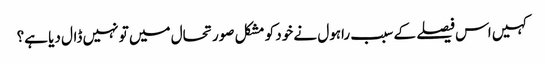
کہیں اس فیصلے کے سبب راہول نے خود کو مشکل صورتحال میں تو نہیں ڈال دیا ہے؟